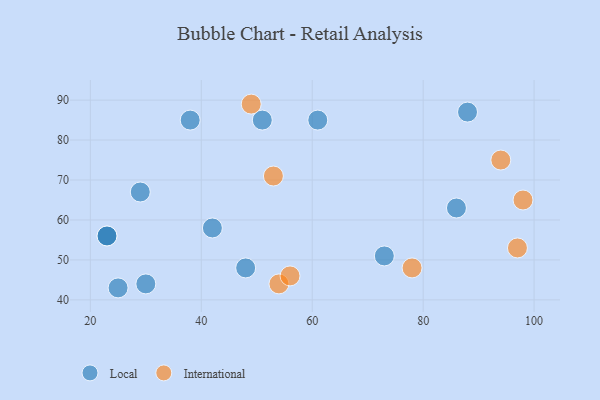
{"axis": {"x": "GDP", "y": "Life Expectancy"}, "legend": ["International", "Local"], "data": [{"x": "42", "y": 58, "type": "Local"}, {"x": "25", "y": 43, "type": "Local"}, {"x": "51", "y": 85, "type": "Local"}, {"x": "23", "y": 56, "type": "Local"}, {"x": "61", "y": 85, "type": "Local"}, {"x": "48", "y": 48, "type": "Local"}, {"x": "30", "y": 44, "type": "Local"}, {"x": "23", "y": 56, "type": "Local"}, {"x": "29", "y": 67, "type": "Local"}, {"x": "73", "y": 51, "type": "Local"}, {"x": "86", "y": 63, "type": "Local"}, {"x": "38", "y": 85, "type": "Local"}, {"x": "88", "y": 87, "type": "Local"}, {"x": "94", "y": 75, "type": "International"}, {"x": "54", "y": 44, "type": "International"}, {"x": "78", "y": 48, "type": "International"}, {"x": "98", "y": 65, "type": "International"}, {"x": "53", "y": 71, "type": "International"}, {"x": "49", "y": 89, "type": "International"}, {"x": "97", "y": 53, "type": "International"}, {"x": "56", "y": 46, "type": "International"}]}